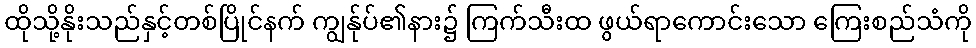
ထိုသို့နိုးသည်နှင့်တစ်ပြိုင်နက် ကျွန်ုပ်၏နား၌ ကြက်သီးထ ဖွယ်ရာကောင်းသော ကြေးစည်သံကို